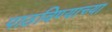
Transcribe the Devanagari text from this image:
पाठविण्याच्या